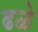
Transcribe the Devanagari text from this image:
ढळे